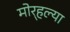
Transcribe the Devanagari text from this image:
मोर्‍हल्या